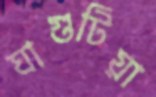
ঘাগুটিয়া